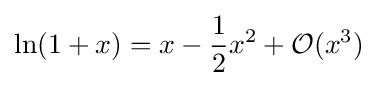
\ln(1+x)=x-{\frac {1}{2}}x^{2}+{\mathcal {O}}(x^{3})